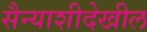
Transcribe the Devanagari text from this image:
सैन्याशीदेखील